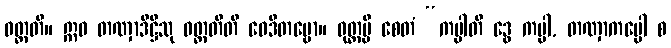
ဝတ္တတိ။ ဣဓ တဏှာဒိဋ္ဌီသု ဝတ္တတီတိ ဝေဒိတဗ္ဗော။ ဝုတ္တမ္ပိ စေတံ “ကပ္ပါတိ ဒွေ ကပ္ပါ, တဏှာကပ္ပေါ စ